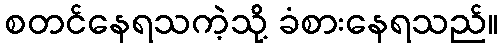
စတင်နေရသကဲ့သို့ ခံစားနေရသည်။